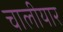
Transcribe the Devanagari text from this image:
चालीयार